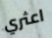
اعثري